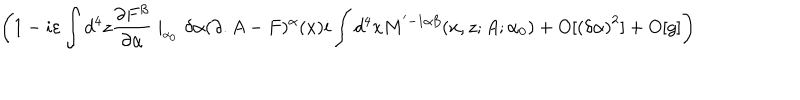
\left( 1 - i \varepsilon \int d ^ { 4 } z \frac { \partial F ^ { \beta } } { \partial \alpha } \mid _ { _ { \alpha _ { 0 } } } \delta \alpha ( \partial . A - F ) ^ { \alpha } ( x ) i \int d ^ { 4 } x M ^ { ' - 1 \alpha \beta } ( x , z ; A ; \alpha _ { 0 } ) + O [ \left( \delta \alpha \right) ^ { 2 } ] + O [ g ] \right)